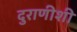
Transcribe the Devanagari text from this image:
दुराणीशी